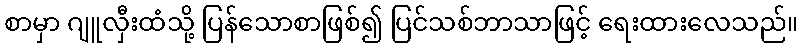
စာမှာ ဂျူလှီးထံသို့ ပြန်သောစာဖြစ်၍ ပြင်သစ်ဘာသာဖြင့် ရေးထားလေသည်။